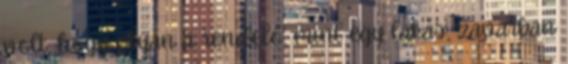
volt, hogy olyan a rendelő, mint egy lakás, zavarban